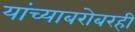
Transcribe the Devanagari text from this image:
यांच्याबरोबरही